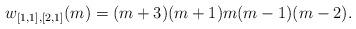
LaTeX: \begin{align*}w_{[1,1],[2,1]}(m)=(m + 3) (m + 1) m (m - 1) (m - 2).\end{align*}